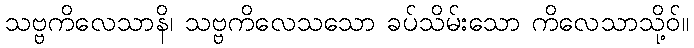
သဗ္ဗကိလေသာနိ၊ သဗ္ဗကိလေသသော ခပ်သိမ်းသော ကိလေသာသို့ဝ်။